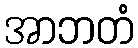
အာဘတံ